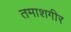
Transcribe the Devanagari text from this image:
तमाशगीर